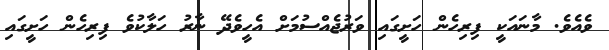
ވެއެވެ. މާނައަކީ ފިރިހެން ހަށީގައި ވަރުޖެއްސުމަށް އެހީވެދޭ ނާރު ހަލާކުވެ ފިރިހެން ހަށީގައި